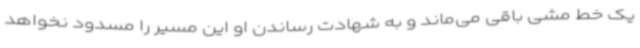
یک خط مشی باقی می‌ماند و به شهادت رساندن او این مسیر را مسدود نخواهد